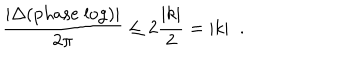
LaTeX: \frac { | \Delta ( \mathrm { p h a s e \; l o g } ) | } { 2 \pi } \leq 2 \frac { | k | } { 2 } = | k | \; \; .